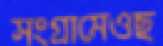
সংগ্রামেওছ